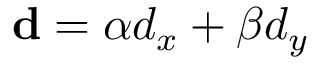
\mathbf { d } = \alpha d _ { x } + \beta d _ { y }